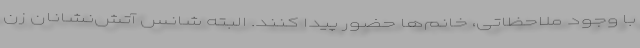
با وجود ملاحظاتی، خانم‌ها حضور پیدا کنند. البته شانس آتش‌نشانان زن